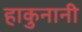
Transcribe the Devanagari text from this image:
हाकुनानी